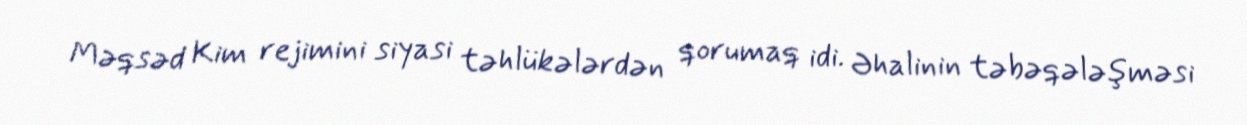
Məqsəd Kim rejimini siyasi təhlükələrdən qorumaq idi. Əhalinin təbəqələşməsi